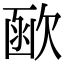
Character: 𣣖